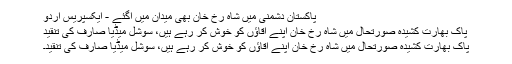
پاکستان دشمنی میں شاہ رخ خان بھی میدان میں آگئے - ایکسپریس اردو
پاک بھارت کشیدہ صورتحال میں شاہ رخ خان اپنے آقاؤں کو خوش کر رہے ہیں، سوشل میڈیا صارف کی تنقید
پاک بھارت کشیدہ صورتحال میں شاہ رخ خان اپنے آقاؤں کو خوش کر رہے ہیں، سوشل میڈیا صارف کی تنقید۔